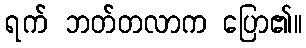
ရက် ဘတ်တလာက ပြော၏။